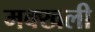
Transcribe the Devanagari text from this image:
मक्खली